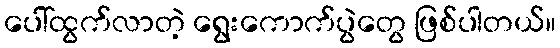
ပေါ်ထွက်လာတဲ့ ရွေးကောက်ပွဲတွေ ဖြစ်ပါတယ်။